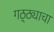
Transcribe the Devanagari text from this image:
गठ्ठ्याचा